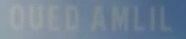
QUEDAMLIL